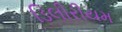
ડિલીરીયમ